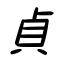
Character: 貞